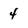
Character: 4